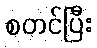
စတင်ပြီး